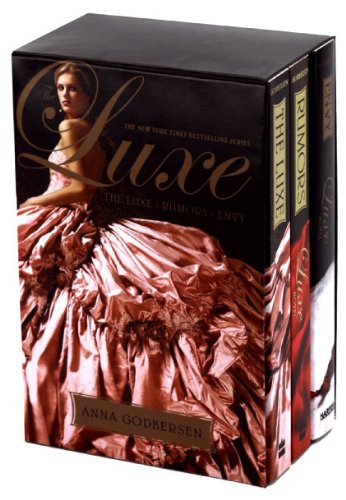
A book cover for The Luxe Box Set: Books 1 to 3: The Luxe, Rumors, and Envy; Anna Godbersen; Teen & Young Adult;